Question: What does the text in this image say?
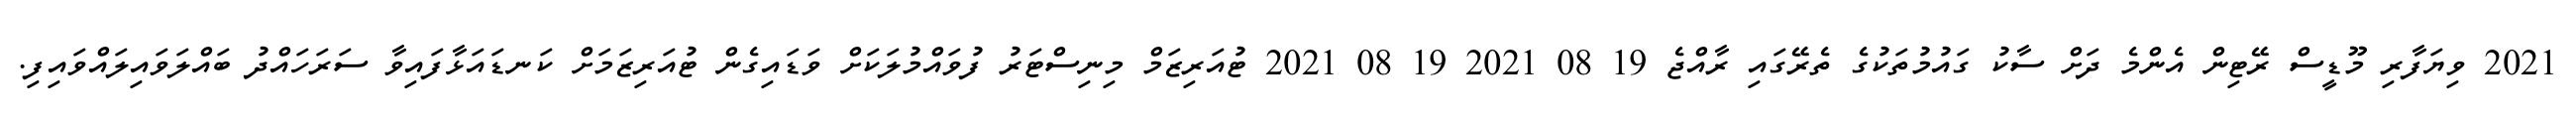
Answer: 2021 ވިޔަފާރި މޫޑީސް ރޭޓިން އެންމެ ދަށް ސާކު ގައުމުތަކުގެ ތެރޭގައި ރާއްޖެ 19 08 2021 19 08 2021 ޓުއަރިޒަމް މިނިސްޓަރު ފުވައްމުލަކަށް ވަޑައިގެން ޓުއަރިޒަމަށް ކަނޑައަޅާފައިވާ ސަރަހައްދު ބައްލަވައިލައްވައިފި.